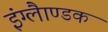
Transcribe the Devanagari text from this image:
इंग्लैाण्डक